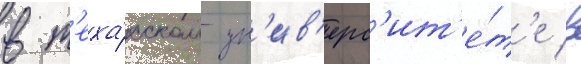
в т'еха́сском ун'ив'ерс'ит'е́т'е в